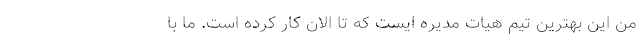
من این بهترین تیم هیات مدیره ایست که تا الان کار کرده است. ما با